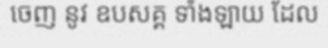
ចេញ នូវ ឧបសគ្គ ទាំងឡាយ ដែល